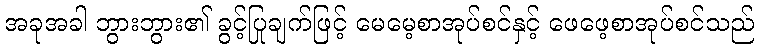
အခုအခါ ဘွားဘွား၏ ခွင့်ပြုချက်ဖြင့် မေမေ့စာအုပ်စင်နှင့် ဖေဖေ့စာအုပ်စင်သည်